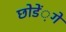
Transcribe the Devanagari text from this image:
छोडें़गे